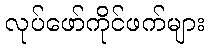
လုပ်ဖော်ကိုင်ဖက်များ